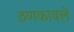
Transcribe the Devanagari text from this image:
ठणकावले